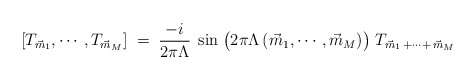
\begin{align*}[T_{\vec m_1},\cdots, T_{\vec m_M}]\;=\;\frac{-i}{2\pi\Lambda}\;\sin\;\bigl(2\pi\Lambda\,(\vec m_1,\cdots,\vec m_M)\big)\; T_{\vec m_1\,+\cdots+\,\vec m_M}\end{align*}